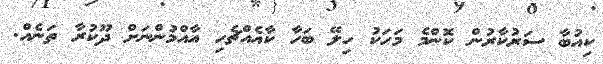
ކިއުބާ ސަރުކާރުން ކޮންމެ މަހަކު ހިލޭ ބަހާ ކާއެއްޗެހި އާއްމުންނަށް ދޫކުރާ ތަނެއް.